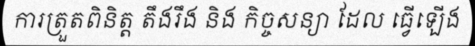
ការត្រួតពិនិត្ត តឹងរឹង និង កិច្ចសន្យា ដែល ធ្វើឡើង